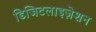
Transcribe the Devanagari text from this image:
डिजिटलाइज़ेशन